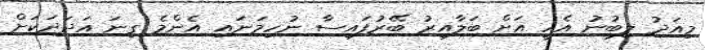
މިއަދު ލިބުނު އެހީ އަށް ބަލާއިރު ބޭރުފައިސާ ނުހިމަނައި އެންމެ ގިނަ އަދަދަކަށް